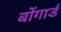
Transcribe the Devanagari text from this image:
बोंगार्ड